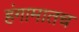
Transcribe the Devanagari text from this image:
हंगामातच